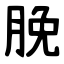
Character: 脕